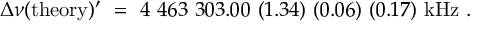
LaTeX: \Delta \nu ( \mathrm { t h e o r y } ) ^ { \prime } ~ = ~ 4 ~ 4 6 3 ~ 3 0 3 . 0 0 ~ ( 1 . 3 4 ) ~ ( 0 . 0 6 ) ~ ( 0 . 1 7 ) ~ \mathrm { k H z } ~ .